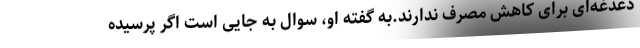
دغدغه‌ای برای کاهش مصرف ندارند.به گفته او، سوال به جایی است اگر پرسیده